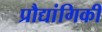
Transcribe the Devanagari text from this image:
प्रौद्यांगिकी